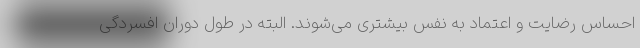
احساس رضایت و اعتماد به نفس بیشتری می‌شوند. البته در طول دوران افسردگی